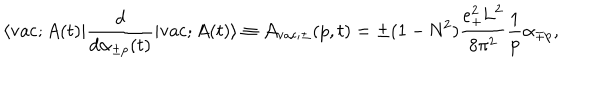
\langle \mathrm { v a c } ; A ( t ) | \frac { d } { d { \alpha } _ { \pm p } ( t ) } | \mathrm { v a c } ; A ( t ) \rangle \equiv { \cal A } _ { \mathrm { v a c } ; \pm } ( p , t ) = \pm ( 1 - \mathrm { N } ^ { 2 } ) \frac { e _ { + } ^ { 2 } \mathrm { L } ^ { 2 } } { 8 { \pi } ^ { 2 } } \frac { 1 } { p } { \alpha } _ { \mp p } ,